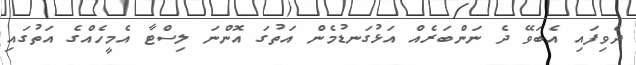
ދެވިފައި އެބަވޭ ދެ ނަންބަރެއް އަޅުގަނޑުމެން އަތުގަ އޮންނަ ލިސްޓާ އެމީހެއްގެ އަތުގައި